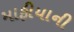
માફીયાની